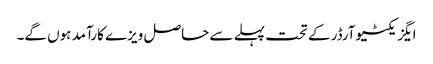
ایگزیکٹیوآرڈر کے تحت پہلے سے حاصل ویزے کارآمد ہوں گے۔